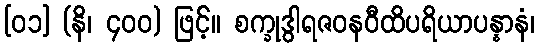
[၀၁] (နိ၊ ၄၀၀) ဖြင့်။ စက္ခုဒွါရဇဝနဝီထိပရိယာပန္နာနံ၊